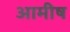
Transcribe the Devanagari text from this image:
आमीष